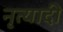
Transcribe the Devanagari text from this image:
नृत्यादी